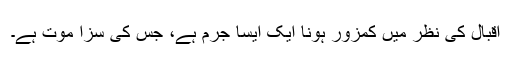
اقبال کی نظر میں کمزور ہونا ایک ایسا جرم ہے، جس کی سزا موت ہے۔